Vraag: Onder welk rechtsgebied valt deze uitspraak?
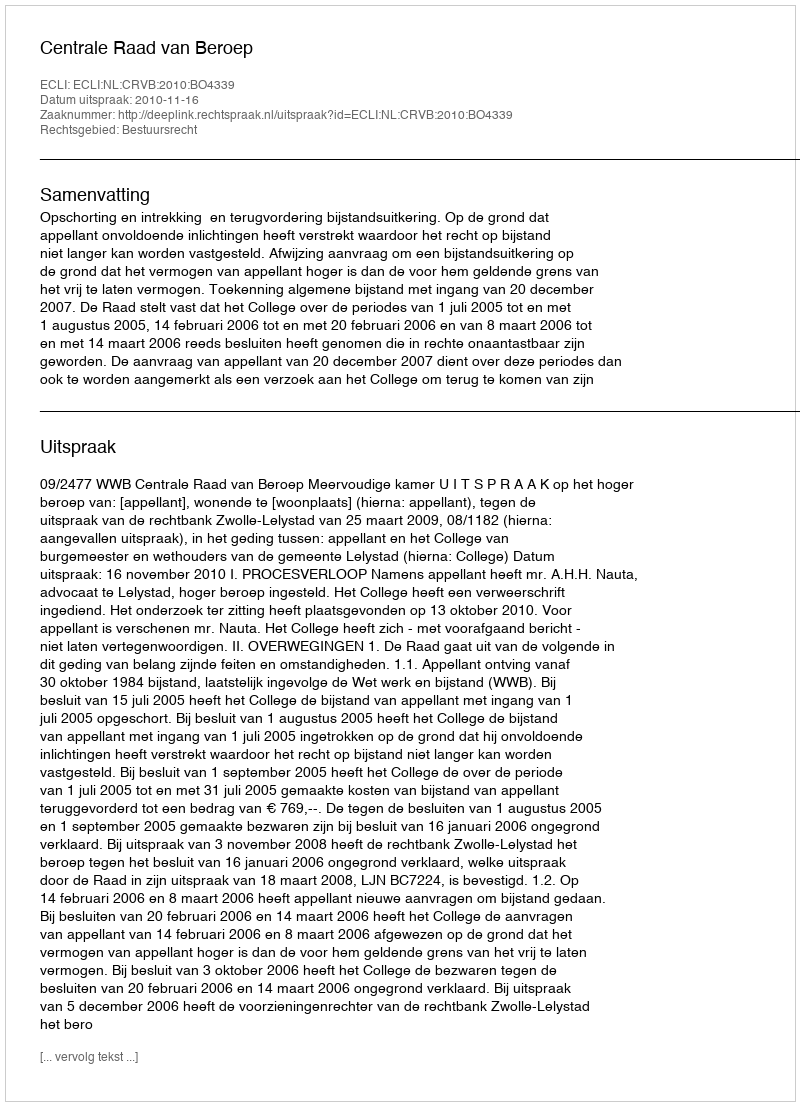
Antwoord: Bestuursrecht